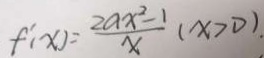
f ^ { \prime } ( x ) = \frac { 2 a x ^ { 2 } - 1 } { x } ( x > 0 ) .